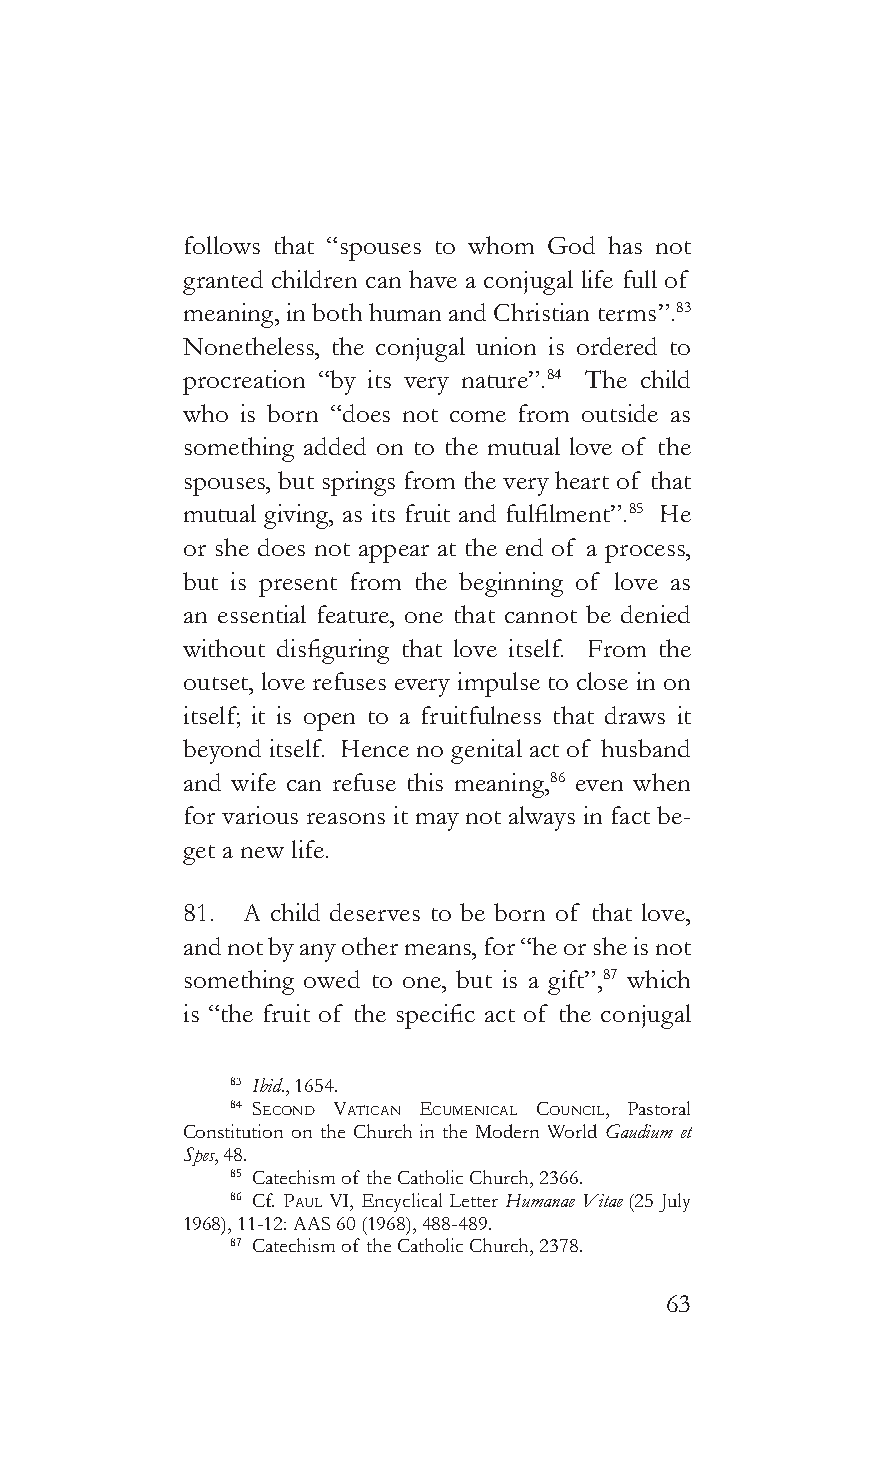
follows that “spouses to whom God has not
 granted children can have a conjugal life full of
 meaning, in both human and Christian terms”.83
 Nonetheless, the conjugal union is ordered to
 procreation “by its very nature”.84 The child
 who is born “does not come from outside as
 something added on to the mutual love of the
 spouses, but springs from the very heart of that
 mutual giving, as its fruit and fulfilment”.85 He
 or she does not appear at the end of a process,
 but is present from the beginning of love as
 an essential feature, one that cannot be denied
 without disfiguring that love itself. From the
 outset, love refuses every impulse to close in on
 itself; it is open to a fruitfulness that draws it
 beyond itself. Hence no genital act of husband
 and wife can refuse this meaning,86 even when
 for various reasons it may not always in fact be-
 get a new life.
 81. A child deserves to be born of that love,
 and not by any other means, for “he or she is not
 something owed to one, but is a gift”,87 which
 is “the fruit of the specific act of the conjugal
 83 Ibid., 1654.
 84 second vaTican ecumenicaL counciL, Pastoral
 Constitution on the Church in the Modern World Gaudium et
 Spes, 48.
 85 Catechism of the Catholic Church, 2366.
 86 Cf. pauL VI, Encyclical Letter Humanae Vitae (25 July
 1968), 11-12: AAS 60 (1968), 488-489.
 87 Catechism of the Catholic Church, 2378.
 63